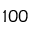
1 0 0